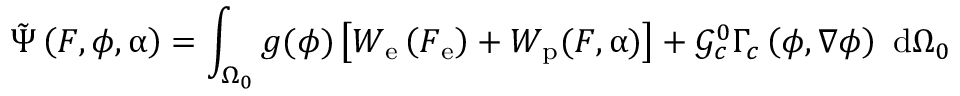
\tilde { \Psi } \left( \boldsymbol { F } , \phi , \boldsymbol { \upalpha } \right) = \int _ { \Omega _ { 0 } } g ( \phi ) \left[ W _ { \mathrm { e } } \left( \boldsymbol { F } _ { \mathrm { e } } \right) + W _ { \mathrm { p } } ( \boldsymbol { F } , \boldsymbol { \upalpha } ) \right] + \mathcal { G } _ { c } ^ { 0 } \Gamma _ { c } \left( \phi , \nabla \phi \right) \ \mathrm { d } \Omega _ { 0 }